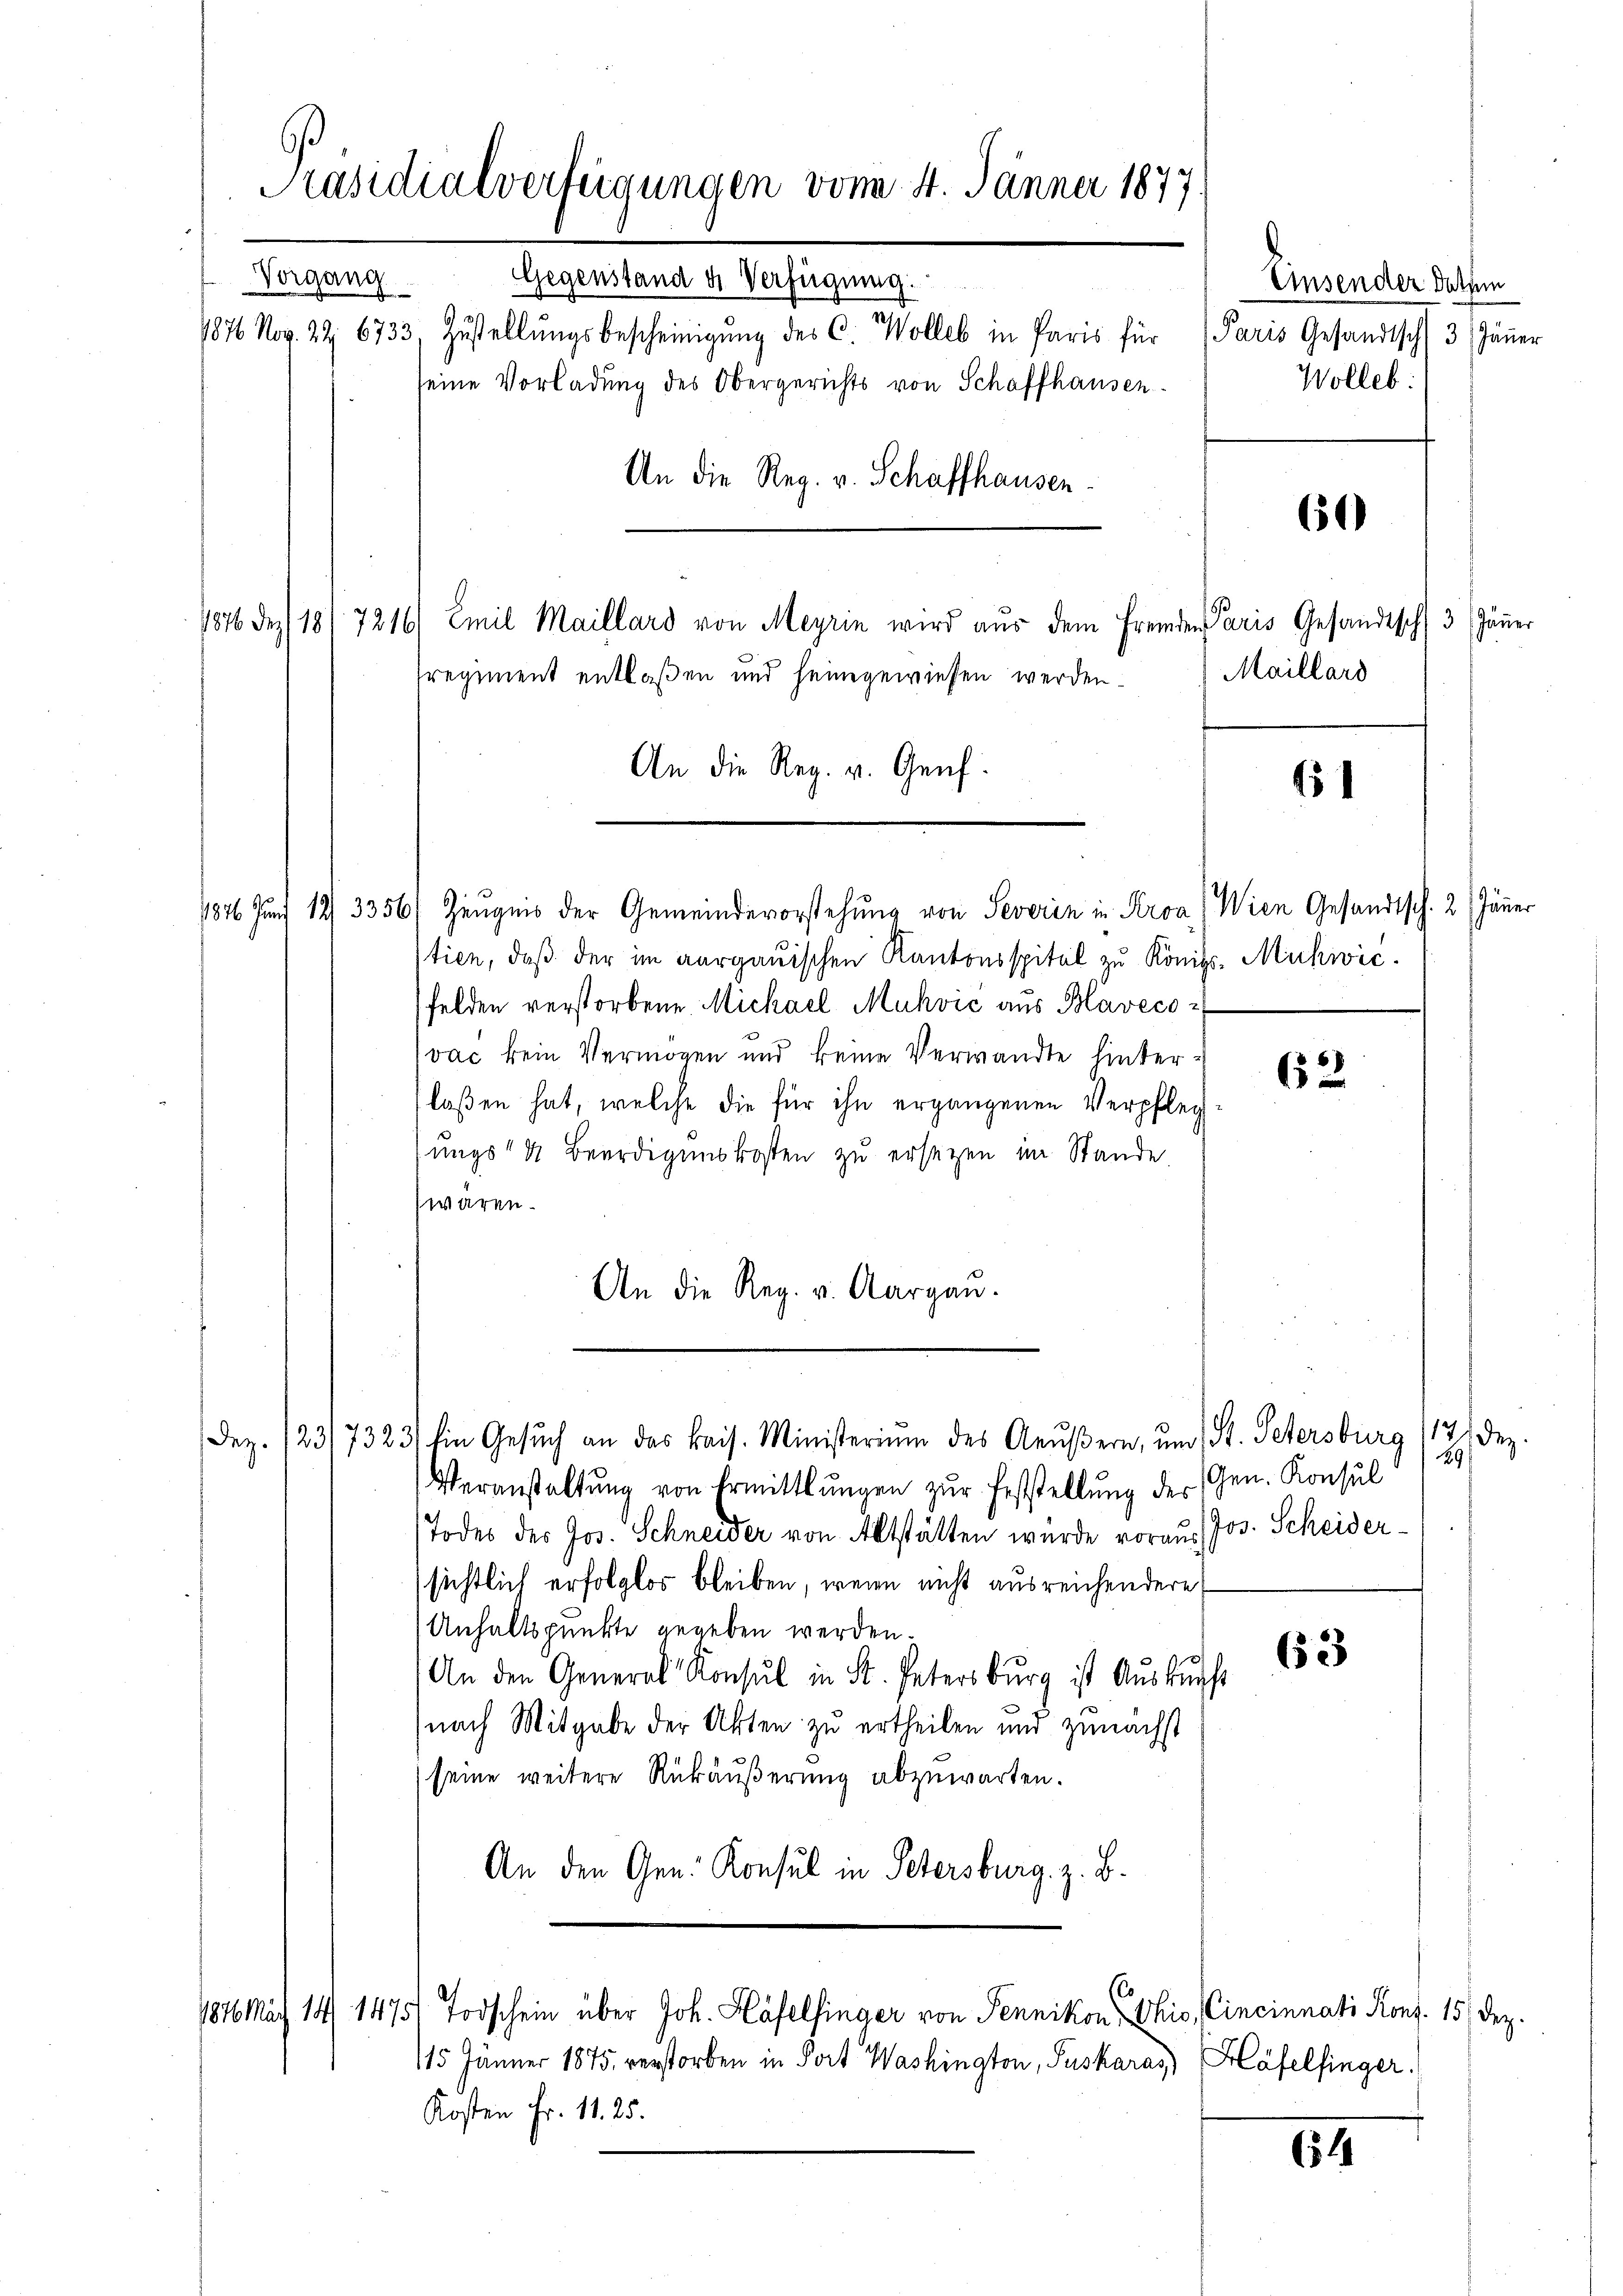
Präsidialverfeigungen vom 4. Jänner 1877
Gegenstand u. Verfügung.
Vorgang
1876 Nov. 22. 6733, Zustellŭngsbescheinigŭng des C. Wolle in Paris für Paris Gesandtsch 3 Jäṅer
seine Vorladung des Obergerichts von Schaffhausen

An die Reg. v. Schaffhausen
1876 des 181 7216/ Emil Maillard von Meyrin wird aŭs dem Fremden Paris Gesandtsch 3 Jänner
sregiment entlaßen und heimgewiesen werden.
An die Reg. v. Genf.
1876 Jun. 12. 3356/ Zeugnis der Gemeindevorstehung von Severin in Kroa) Wien Gesandtsch. 2. Jäner
tien, daß der im aargauischen Kantonsspitel zu Königl. Muhwić.
felden verstorbene Michael Muhvić aus Blavecovac kein Vermögen und keine Verwandte hinterlaßen hat, welche die für ihn ergangenen Verpfleg
sungs- & Beerdigungskosten zu ersetzen im Stande
wären.
An die Reg. v. Aargau.
Dez. 123/7323) Ein Gesŭch an das kais. Ministerium des Aeŭβern, um 1 St. Petersburg 17 Dez.
Veranstaltung von Ermittlungen zur Feststellung der Gen. Konsul
Todes des Jos. Schneider von Altstätten wurde voraus Jos. Scheidersichtlich erfolglos bleiben, wenn nicht ausreichendere
Anhaltspunkte gegeben werden.
63
An den General Konsul in St. Petersburg ist Auskunft
nach Mitgabe der Akten zu ertheilen und zunächst
seine weitere Rückäußerung abzuwarten.
An den Gen. Konsul in Petersburg z. B.

15 Jänner 1875. verstorben in Port Washington, Suskaras) Häfelfinger.
Kosten Fr. 11. 25.

1846 März 14/ 1475 Todschein über Joh. Häfelfinger von Pennikon, Ohio, Cincinnati Kons. 151 Dez.

Einsender dassen
Wolleb:

60

Maillard

61

62

129/

64